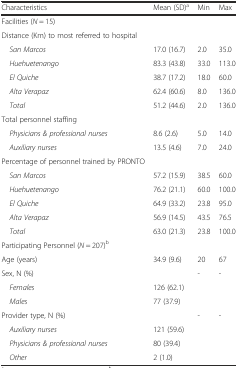
| Characteristics | Mean (SD)a | Min | Max |
 | --- | --- | --- | --- |
 | Facilities (N = 15) |  |  |  |
 | Distance (Km) to most referred to hospital |  |  |  |
 | San Marcos | 17.0 (16.7) | 2.0 | 35.0 |
 | Huehuetenango | 83.3 (43.8) | 33.0 | 113.0 |
 | El Quiche | 38.7 (17.2) | 18.0 | 60.0 |
 | Alta Verapaz | 62.4 (60.6) | 8.0 | 136.0 |
 | Total | 51.2 (44.6) | 2.0 | 136.0 |
 | Total personnel staffing |  |  |  |
 | Physicians & professional nurses | 8.6 (2.6) | 5.0 | 14.0 |
 | Auxiliary nurses | 13.5 (4.6) | 7.0 | 24.0 |
 | Percentage of personnel trained by PRONTO |  |  |  |
 | San Marcos | 57.2 (15.9) | 38.5 | 60.0 |
 | Huehuetenango | 76.2 (21.1) | 60.0 | 100.0 |
 | El Quiche | 64.9 (33.2) | 23.8 | 95.0 |
 | Alta Verapaz | 56.9 (14.5) | 43.5 | 76.5 |
 | Total | 63.0 (21.3) | 23.8 | 100.0 |
 | Participating Personnel (N = 207)b |  |  |  |
 | Age (years) | 34.9 (9.6) | 20 | 67 |
 | Sex, N (%) |  | - | - |
 | Females | 126 (62.1) |  |  |
 | Males | 77 (37.9) |  |  |
 | Provider type, N (%) |  | - | - |
 | Auxiliary nurses | 121 (59.6) |  |  |
 | Physicians & professional nurses | 80 (39.4) |  |  |
 | Other | 2 (1.0) |  |  |